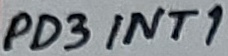
Text: PD3INT1